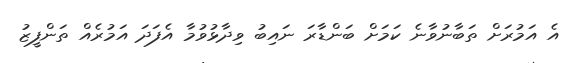
އެ އަމުރަށް ތަބާނުވާނެ ކަމަށް ބަންޑާރަ ނައިބު ވިދާޅުވުމާ އެފަދަ އަމުރެއް ތަންފީޒު